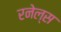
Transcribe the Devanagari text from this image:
रनेल्स